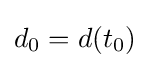
d_{0}=d(t_{0})